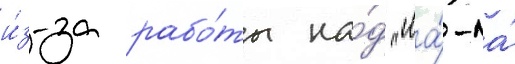
и́з-за рабо́ты на́д "ла́-ла́